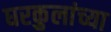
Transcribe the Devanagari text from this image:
घरकुलांच्या